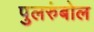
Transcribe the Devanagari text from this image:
पुलरुंबोल